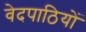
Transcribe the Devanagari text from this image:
वेदपाठियों